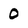
Character: 0